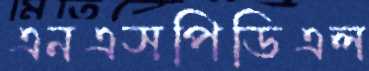
এনএসপিডিএল